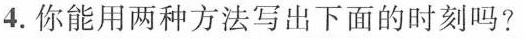
4.你能用两种方法写出下面的时刻吗?